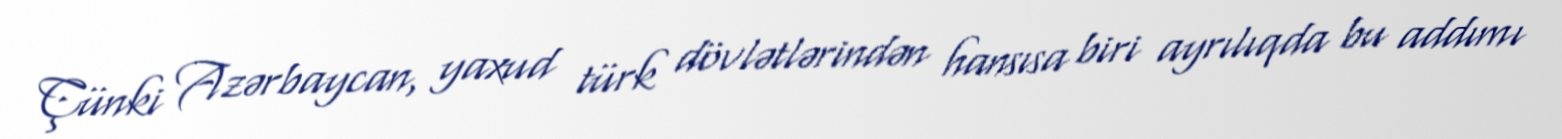
Çünki Azərbaycan, yaxud türk dövlətlərindən hansısa biri ayrılıqda bu addımı